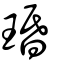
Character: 琘